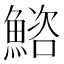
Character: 𫙩